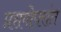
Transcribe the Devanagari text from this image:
प्रसवोपरांत